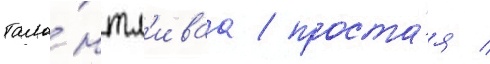
тала́нтл'иваа / проста́я /